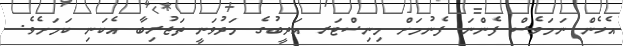
އެހެން ނަމަވެސް ފެންނަ ފެނުމަށް މިނިސްޓަރ އަދީބުގެ މަދުވަނީ ތަޖުރިބާ އެކަނި ކަމަށެވެ.